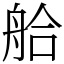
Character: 䑪